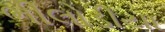
ભીલોડીયા